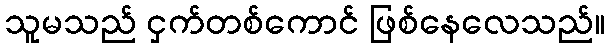
သူမသည် ငှက်တစ်ကောင် ဖြစ်နေလေသည်။